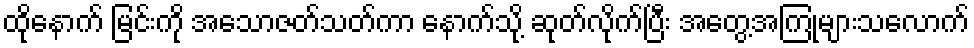
ထိုနောက် မြင်းကို အသောဇတ်သတ်ကာ နောက်သို့ ဆုတ်လိုက်ပြီး အတွေ့အကြုံများသလောက်